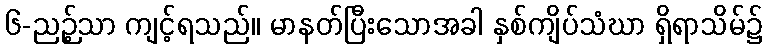
၆-ညဉ့်သာ ကျင့်ရသည်။ မာနတ်ပြီးသောအခါ နှစ်ကျိပ်သံဃာ ရှိရာသိမ်၌